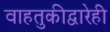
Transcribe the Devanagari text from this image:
वाहतुकीद्वारेही